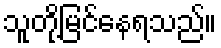
သူတို့မြင်နေရသည်။